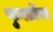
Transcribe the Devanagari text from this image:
फुगलोंसा